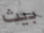
بيث